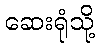
ဆေးရုံသို့